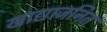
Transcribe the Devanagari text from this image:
खाद्याजनित